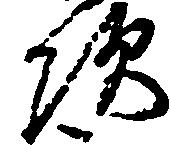
次